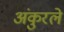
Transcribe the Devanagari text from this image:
अंकुरले